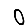
Digit: 0